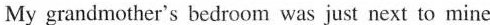
My grandmother's bedroom was just next to mine